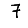
Digit: 7